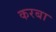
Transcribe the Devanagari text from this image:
करबा